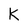
Character: K